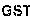
GST